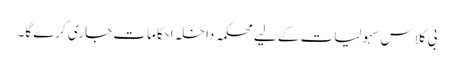
بی کلاس سہولیات کے لیے محکمہ داخلہ احکامات جاری کرے گا۔